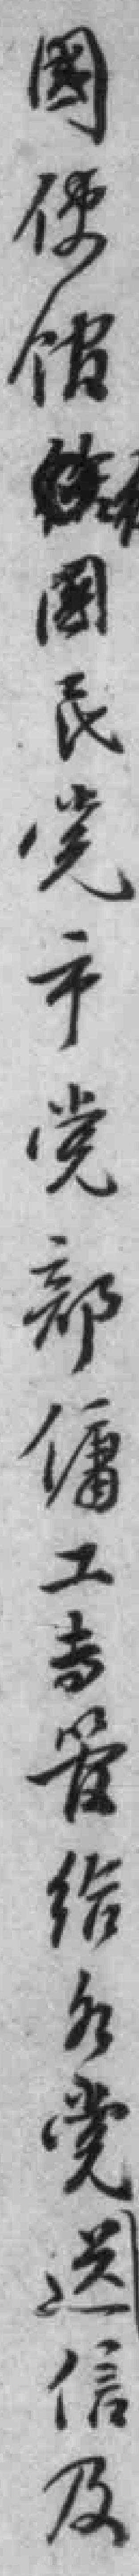
國使馆國民党市党部傭工专*给各党送信及